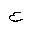
Letter: _ayn